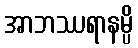
အာဘဿရာနမ္ပိ